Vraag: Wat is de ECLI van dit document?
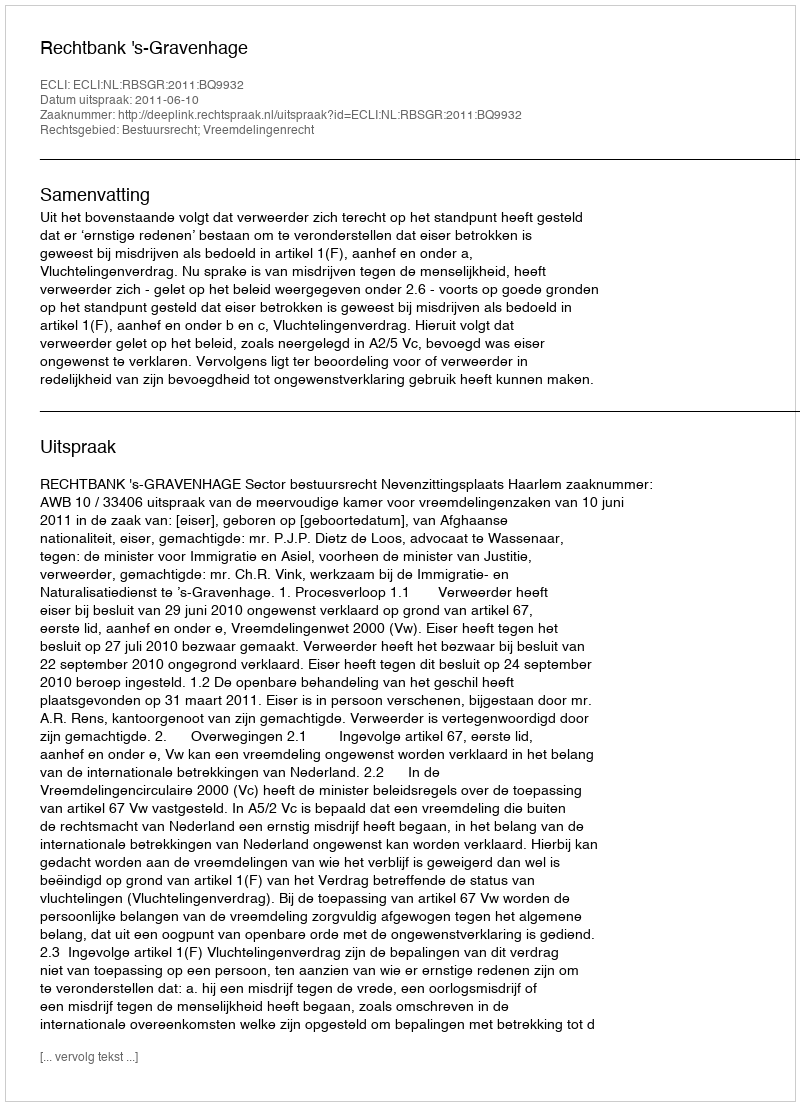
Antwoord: ECLI:NL:RBSGR:2011:BQ9932